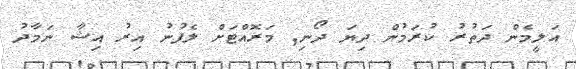
އަލީމެން ދަތުރު ކުރަމުން ދިޔަ ދޯނި